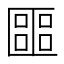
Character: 𠥡